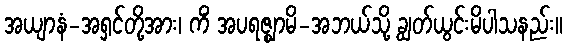
အယျာနံ-အရှင်တို့အား၊ ကိံ အပရဇ္ဈာမိ-အဘယ်သို့ ချွတ်ယွင်းမိပါသနည်း။